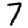
Digit: 7